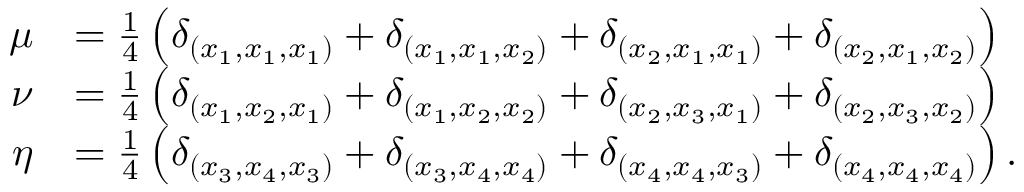
\begin{array} { r l } { \mu } & { = \frac { 1 } { 4 } \left( \delta _ { ( x _ { 1 } , x _ { 1 } , x _ { 1 } ) } + \delta _ { ( x _ { 1 } , x _ { 1 } , x _ { 2 } ) } + \delta _ { ( x _ { 2 } , x _ { 1 } , x _ { 1 } ) } + \delta _ { ( x _ { 2 } , x _ { 1 } , x _ { 2 } ) } \right) } \\ { \nu } & { = \frac { 1 } { 4 } \left( \delta _ { ( x _ { 1 } , x _ { 2 } , x _ { 1 } ) } + \delta _ { ( x _ { 1 } , x _ { 2 } , x _ { 2 } ) } + \delta _ { ( x _ { 2 } , x _ { 3 } , x _ { 1 } ) } + \delta _ { ( x _ { 2 } , x _ { 3 } , x _ { 2 } ) } \right) } \\ { \eta } & { = \frac { 1 } { 4 } \left( \delta _ { ( x _ { 3 } , x _ { 4 } , x _ { 3 } ) } + \delta _ { ( x _ { 3 } , x _ { 4 } , x _ { 4 } ) } + \delta _ { ( x _ { 4 } , x _ { 4 } , x _ { 3 } ) } + \delta _ { ( x _ { 4 } , x _ { 4 } , x _ { 4 } ) } \right) . } \end{array}